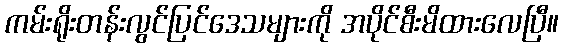
ကမ်းရိုးတန်းလွင်ပြင်ဒေသများကို အပိုင်စီးမိထားလေပြီ။